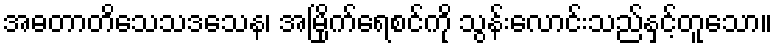
အဓတာတိသေသဒသေန၊ အမြိုက်ရေစင်ကို သွန်းလောင်းသည်နှင့်တူသော။